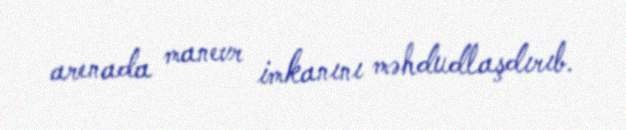
arenada manevr imkanını məhdudlaşdırıb.